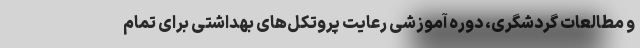
و مطالعات گردشگری، دوره آموزشی رعایت پروتکل‌های بهداشتی برای تمام